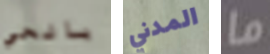
بالحي المدني ما